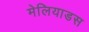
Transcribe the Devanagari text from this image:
मेलियाडस